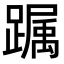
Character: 𨅛